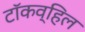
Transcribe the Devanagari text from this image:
टॉकव्हिल